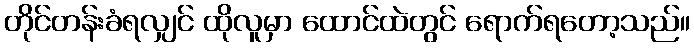
တိုင်တန်းခံရလျှင် ထိုလူမှာ ထောင်ထဲတွင် ရောက်ရတော့သည်။